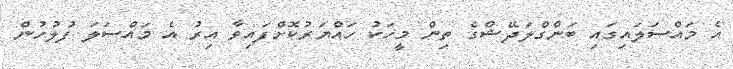
އެ މައްސަލައިގައި ބަންގްލަދޭޝްގެ ތިން މީހަކު ހައްޔަރުކޮށްފައިވާ އިރު އެ މައްސަލަ ފުލުހުން